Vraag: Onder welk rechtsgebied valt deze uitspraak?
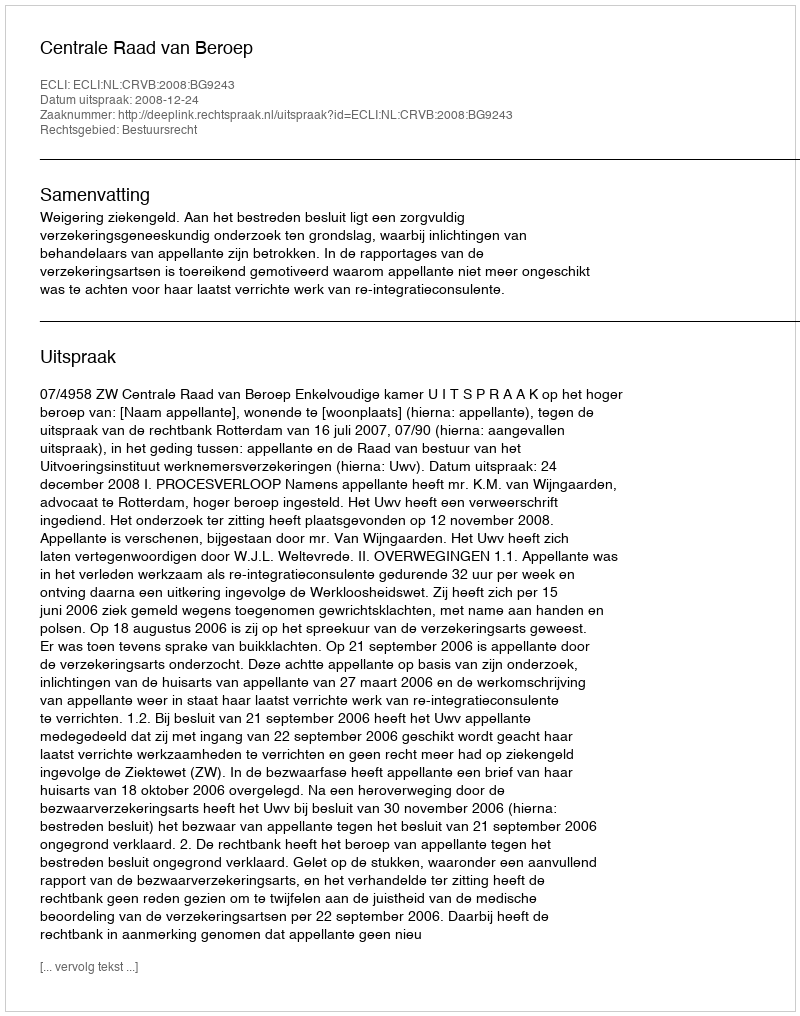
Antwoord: Bestuursrecht